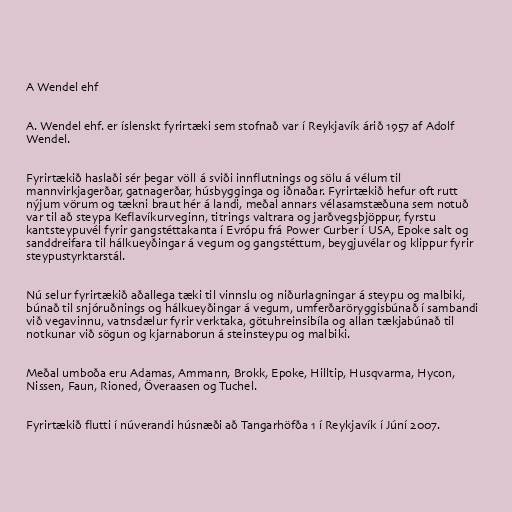
A Wendel ehf

A. Wendel ehf. er íslenskt fyrirtæki sem stofnað var í Reykjavík árið 1957 af Adolf
Wendel.

Fyrirtækið haslaði sér þegar völl á sviði innflutnings og sölu á vélum til
mannvirkjagerðar, gatnagerðar, húsbygginga og iðnaðar. Fyrirtækið hefur oft rutt
nýjum vörum og tækni braut hér á landi, meðal annars vélasamstæðuna sem notuð
var til að steypa Keflavíkurveginn, titrings valtrara og jarðvegsþjöppur, fyrstu
kantsteypuvél fyrir gangstéttakanta í Evrópu frá Power Curber í USA, Epoke salt og
sanddreifara til hálkueyðingar á vegum og gangstéttum, beygjuvélar og klippur fyrir
steypustyrktarstál.

Nú selur fyrirtækið aðallega tæki til vinnslu og niðurlagningar á steypu og malbiki,
búnað til snjóruðnings og hálkueyðingar á vegum, umferðaröryggisbúnað í sambandi
við vegavinnu, vatnsdælur fyrir verktaka, götuhreinsibíla og allan tækjabúnað til
notkunar við sögun og kjarnaborun á steinsteypu og malbiki.

Meðal umboða eru Adamas, Ammann, Brokk, Epoke, Hilltip, Husqvarma, Hycon,
Nissen, Faun, Rioned, Överaasen og Tuchel.

Fyrirtækið flutti í núverandi húsnæði að Tangarhöfða 1 í Reykjavík í Júní 2007.